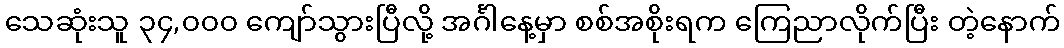
သေဆုံးသူ ၃၄,၀၀၀ ကျော်သွားပြီလို့ အင်္ဂါနေ့မှာ စစ်အစိုးရက ကြေညာလိုက်ပြီး တဲ့နောက်